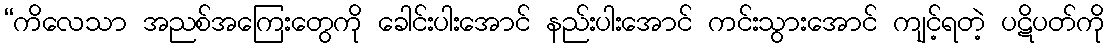
“ကိလေသာ အညစ်အကြေးတွေကို ခေါင်းပါးအောင် နည်းပါးအောင် ကင်းသွားအောင် ကျင့်ရတဲ့ ပဋိပတ်ကို